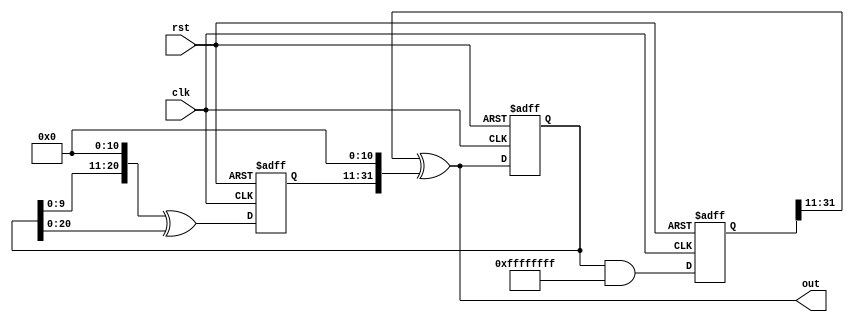
module generator_part 
#(
  parameter SEED     = 32'hFFFFFFFF,
  parameter CONST    = 32'hFFFFFFFF,
  parameter SHIFT_L1 = 4'hB,
  parameter SHIFT_L2 = 4'hB,
  parameter SHIFT_R  = 4'hB
)

(
  input clk, rst,
  output [31:0] out
);

  reg [31:0] reg_s, reg_l, reg_r;
  wire [31:0] wire_s, wire_l, wire_r, shift_l1, bit_and, xor1, shift_r, shift_l2, xor2;
  
  always @(posedge clk or posedge rst) 
    begin
  	  if (rst) begin
  		  reg_s <= SEED;
		  reg_l <= 32'h00000000;
		  reg_r <= 32'h00000000;
	  end  
  	  else begin
  		  reg_s <= xor2;
		  reg_l <= xor1;
		  reg_r <= bit_and;
  	  end
    end
	 
  assign wire_s   = reg_s;
  assign wire_r   = reg_r;
  assign wire_l   = reg_l; 
  assign shift_l1 = wire_s << SHIFT_L1;
  assign bit_and  = wire_s & CONST;
  assign xor1     = shift_l1 ^ wire_s;
  assign shift_r  = wire_r >> SHIFT_R;
  assign shift_l2 = wire_l << SHIFT_L2;
  assign xor2     = shift_r ^ shift_l2;
  assign out      = xor2;
  
endmodule // generator_part